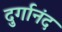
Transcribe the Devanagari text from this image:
दुर्गानंद